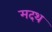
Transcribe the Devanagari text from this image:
मदथ